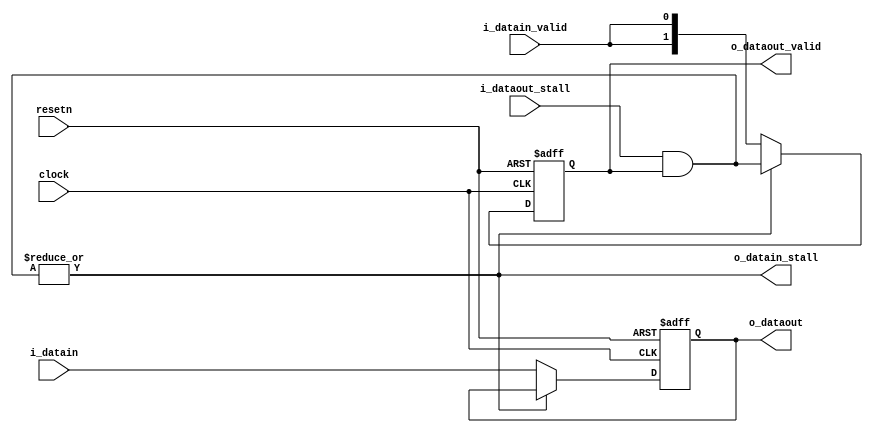
module route_switch(clock, resetn, 
  i_datain, i_datain_valid, o_datain_stall, 
  o_dataout, i_dataout_stall, o_dataout_valid);

parameter DATA_WIDTH = 32;
parameter NUM_FANOUTS = 2;

 input clock, resetn;
 input [DATA_WIDTH-1:0] i_datain;
 input i_datain_valid;
 output o_datain_stall;
 output reg [DATA_WIDTH-1:0] o_dataout;
 input [NUM_FANOUTS-1:0] i_dataout_stall;
 output [NUM_FANOUTS-1:0] o_dataout_valid;
 
 wire [NUM_FANOUTS-1:0] is_fanout_stalled;
 reg [NUM_FANOUTS-1:0] is_fanout_valid;
 
 assign is_fanout_stalled = i_dataout_stall & is_fanout_valid;
 assign o_datain_stall = ( | is_fanout_stalled );
 assign o_dataout_valid = is_fanout_valid;
 
 always @ (negedge resetn or posedge clock)
 begin
 if (~resetn)
   begin
     is_fanout_valid <= {NUM_FANOUTS{1'b0}};
   end
 else
   begin
   	if (o_datain_stall)
   	begin
   	  is_fanout_valid <= i_dataout_stall & o_dataout_valid;
   	end
   	else 
   	begin
   	  is_fanout_valid <= {NUM_FANOUTS{i_datain_valid}};
   	end
   end
 end

 always @ (negedge resetn or posedge clock)
 begin	
 if (~resetn)
   begin
     o_dataout <= 0;
   end
 else
   begin
   	if (~o_datain_stall)
   	begin
   	  o_dataout = i_datain;
   	end
   end
 end
 
endmodule